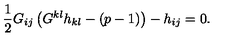
\frac { 1 } { 2 } G _ { i j } \left( G ^ { k l } h _ { k l } - ( p - 1 ) \right) - h _ { i j } = 0 .